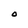
Character: O